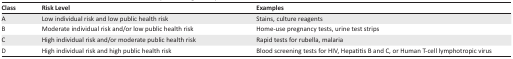
| Class | Risk Level | Examples |
 | --- | --- | --- |
 | A | Low individual risk and low public health risk | Stains, culture reagents |
 | B | Moderate individual risk and/or low public health risk | Home-use pregnancy tests, urine test strips |
 | C | High individual risk and/or moderate public health risk | Rapid tests for rubella, malaria |
 | D | High individual risk and high public health risk | Blood screening tests for HIV, Hepatitis B and C, or Human T-cell lymphotropic virus |